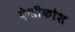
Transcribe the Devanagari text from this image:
देशीकोश